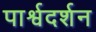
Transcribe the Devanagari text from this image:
पार्श्वदर्शन